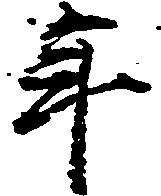
年